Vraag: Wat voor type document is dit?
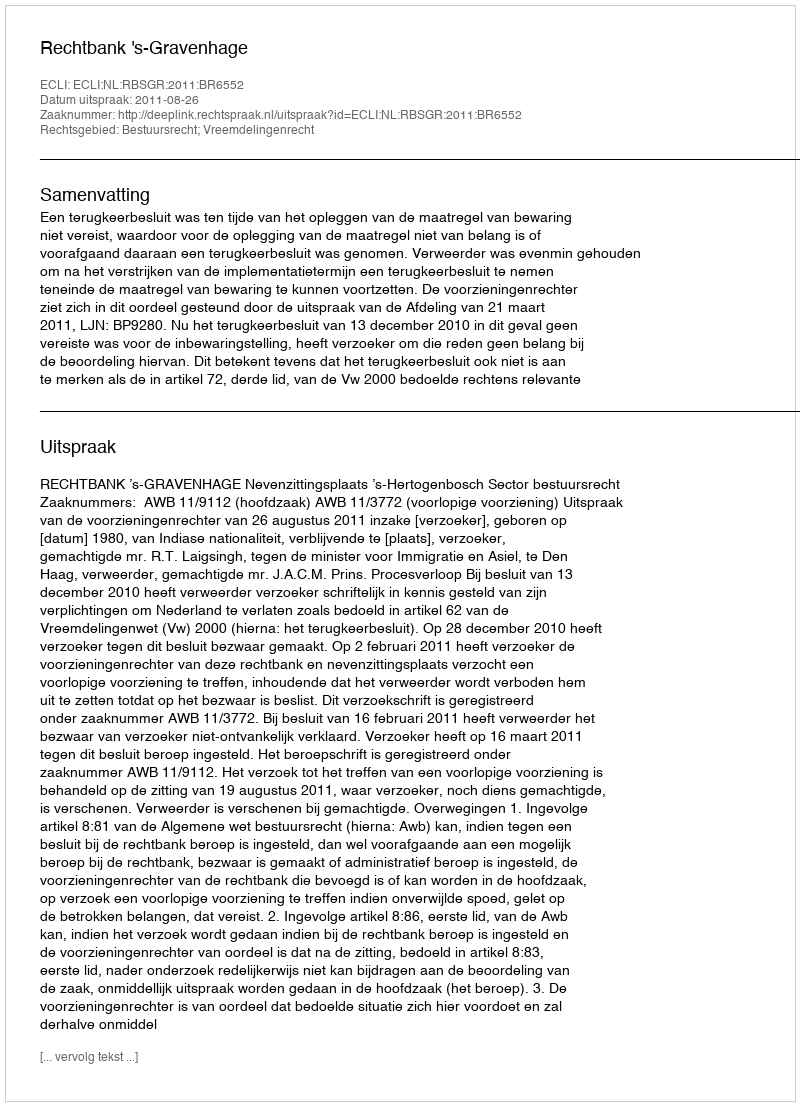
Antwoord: Uitspraak